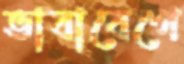
ভাবাবেগে